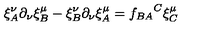
\xi _ { A } ^ { \nu } \partial _ { \nu } \xi _ { B } ^ { \mu } - \xi _ { B } ^ { \nu } \partial _ { \nu } \xi _ { A } ^ { \mu } = { f _ { B A } } ^ { C } \xi _ { C } ^ { \mu }